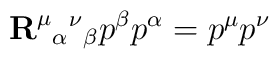
{\bf R}^\mu{}_\alpha{}^\nu{}_\beta p^\beta p^\alpha=p^\mu p^\nu